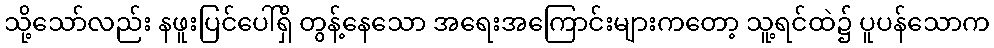
သို့သော်လည်း နဖူးပြင်ပေါ်ရှိ တွန့်နေသော အရေးအကြောင်းများကတော့ သူ့ရင်ထဲ၌ ပူပန်သောက